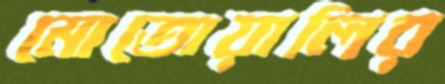
মোতোয়ালির